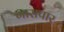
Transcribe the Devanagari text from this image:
गासपार